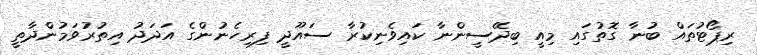
ރިޕޯޓުތައް ބުނާ ގޮތުގައި މިއީ ބިދޭސީންނާ ކައިވެނިކުރާ ސައޫދީ ފިރިހެނުންގެ އަދަދު އިތުރުވަމުންދާތީ